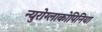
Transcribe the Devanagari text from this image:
न्युरोग्लाकोपिनिया